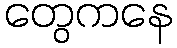
တွေကနေ